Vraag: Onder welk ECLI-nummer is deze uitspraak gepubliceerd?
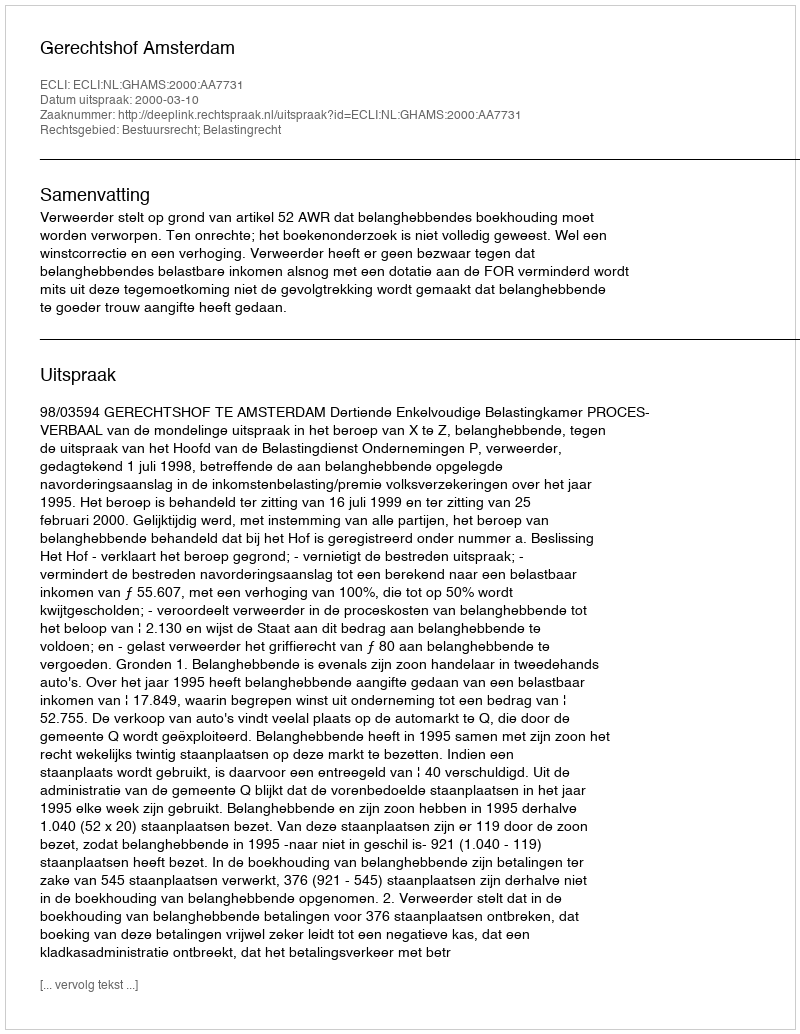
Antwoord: ECLI:NL:GHAMS:2000:AA7731